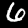
Digit: 6